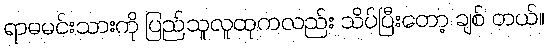
ရာမမင်းသားကို ပြည်သူလူထုကလည်း သိပ်ပြီးတော့ ချစ် တယ်။